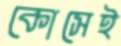
কোসেই